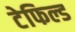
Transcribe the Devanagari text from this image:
टेफिल्ड